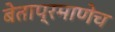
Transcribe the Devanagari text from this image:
बेताप्रमाणेच